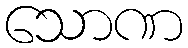
သောဏ